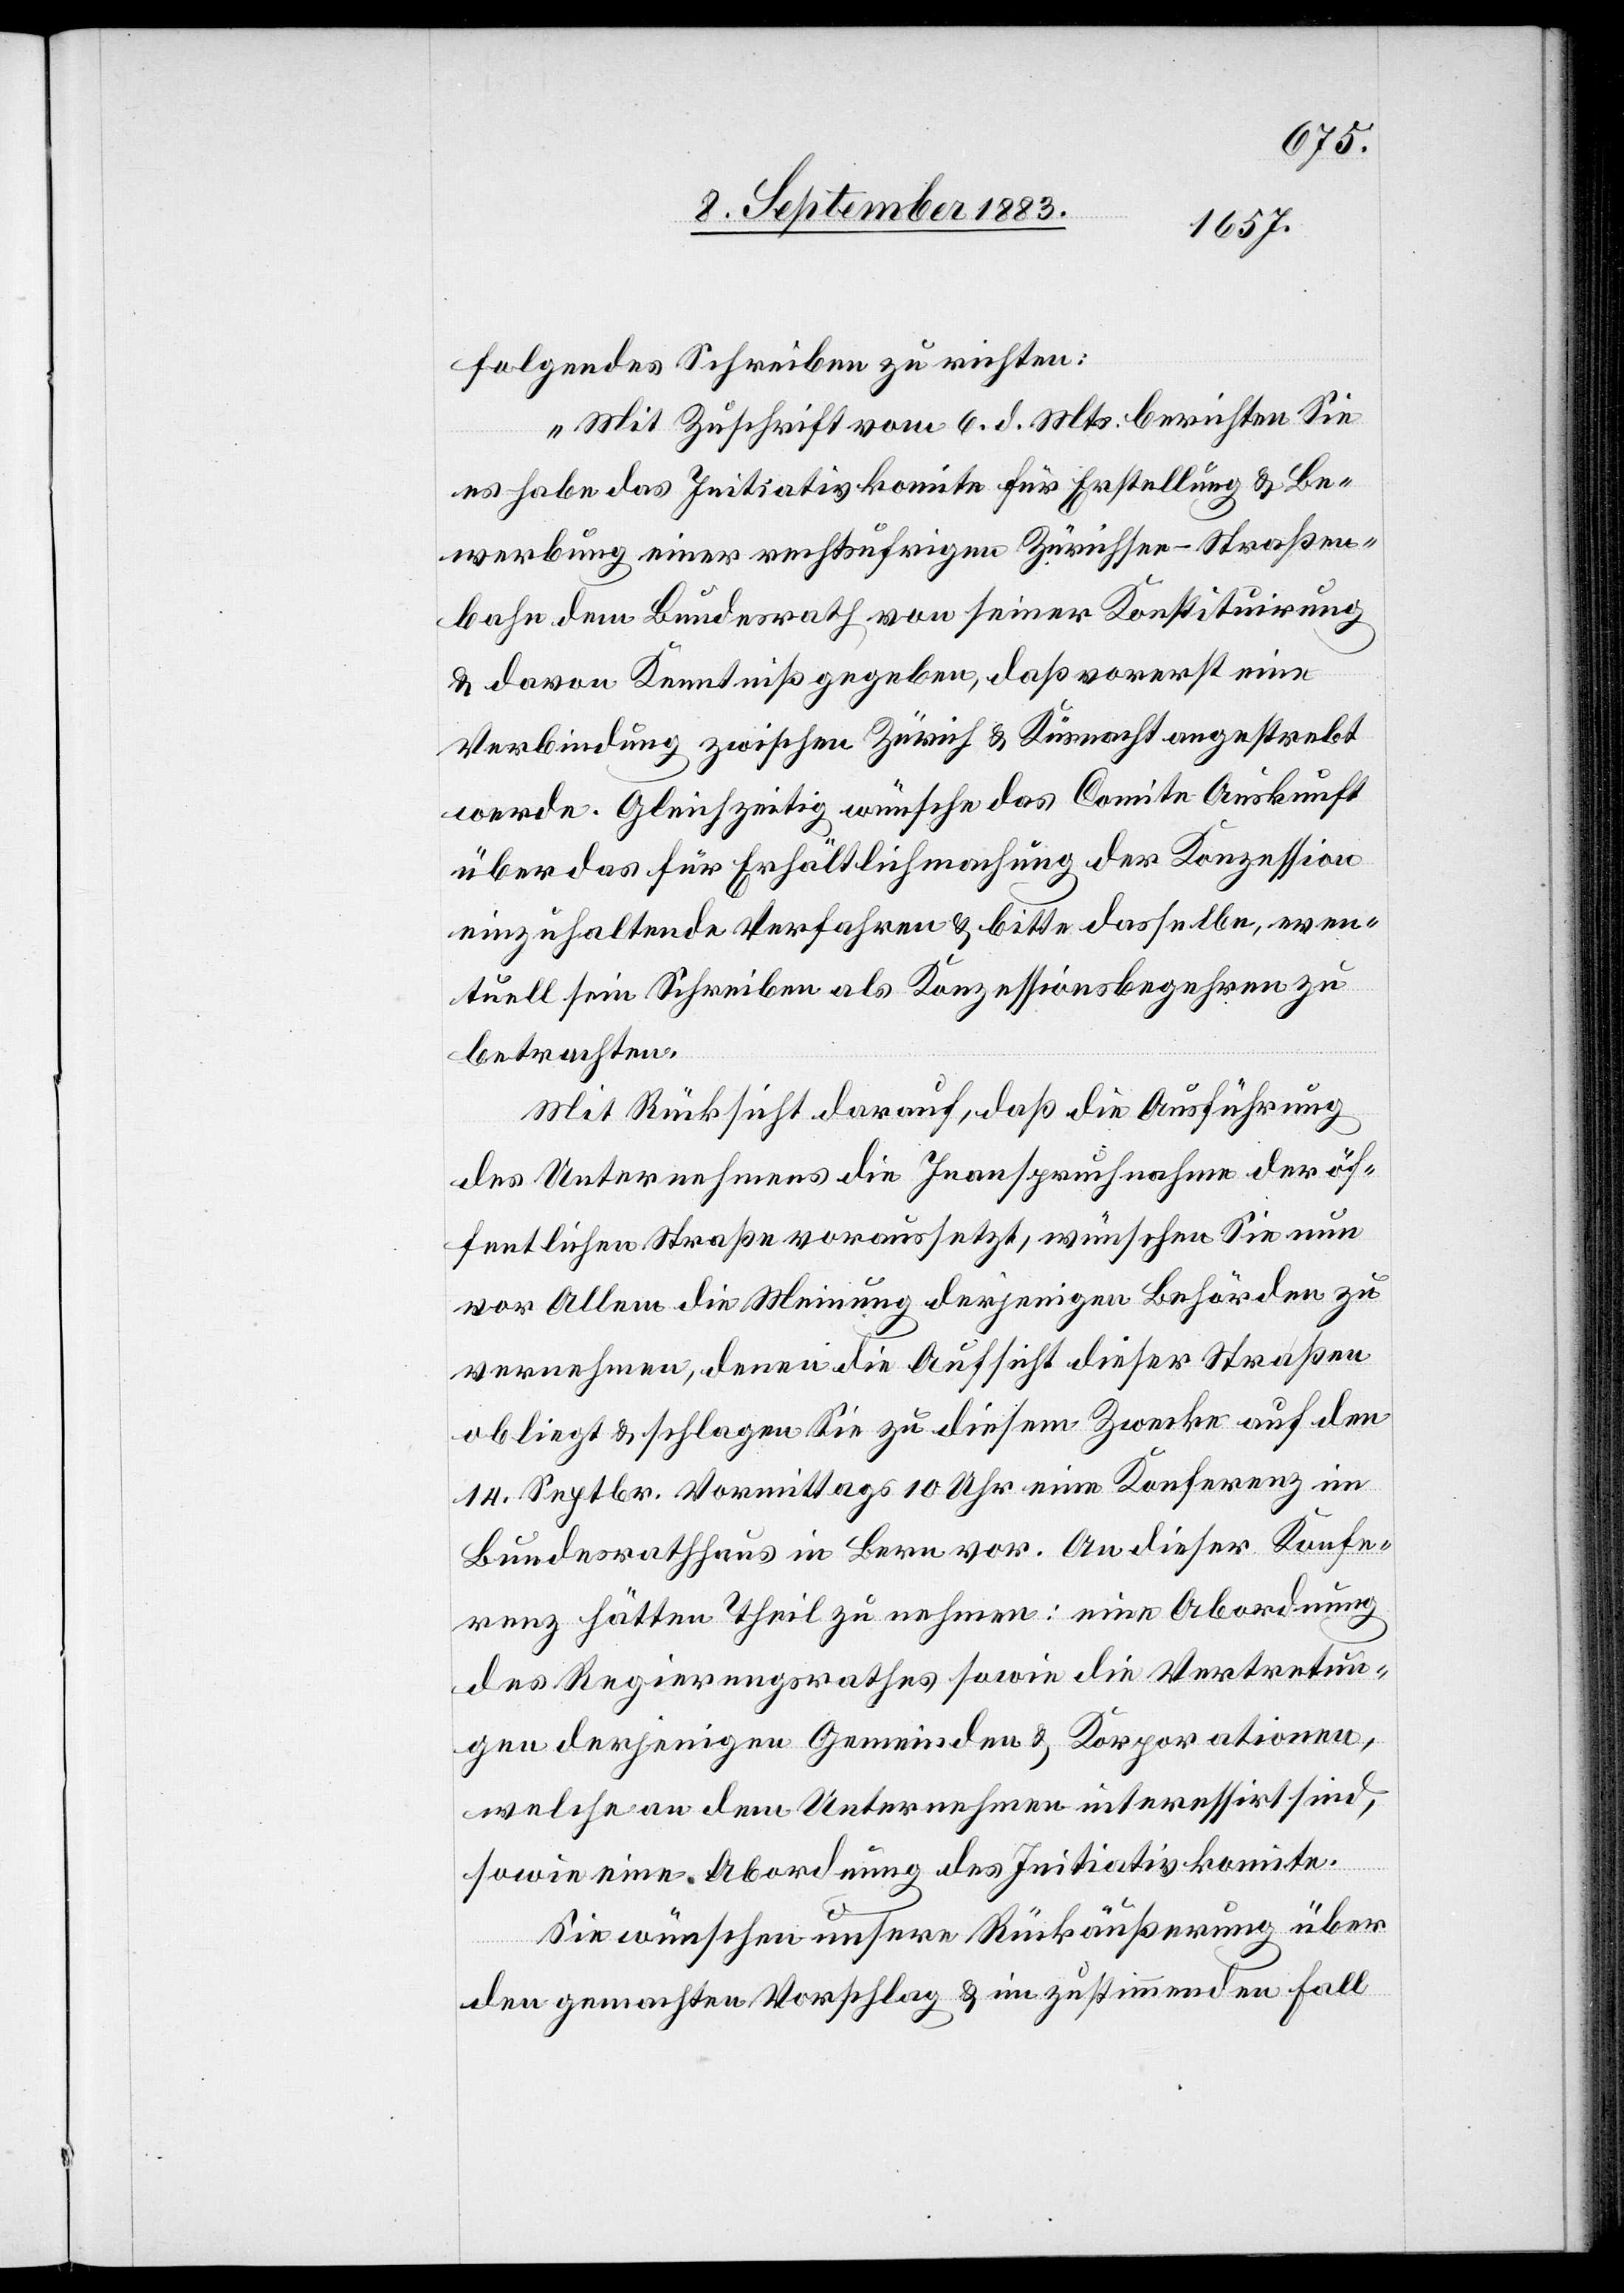
folgendes Schreiben zu richten:
„Mit Zuschrift vom 6. d. Mts. berichten Sie
es habe das Initiativkomite für Erstellung Be¬
werbung einer rechtsufrigen Zürichsee-Straßen¬
bahn dem Bundesrath von seiner Konstituirung
& davon Kenntniß gegeben, daß vorerst eine
Verbindung zwischen Zürich & Küsnacht angestrebt
werde. Gleichzeitig wünsche das Comite Auskunft
über das für Erhältlichmachung der Konzession
einzuhaltende Verfahren & bitte dasselbe, even¬
tuell sein Schreiben als Konzessionsbegehren zu
betrachten.
Mit Rücksicht darauf, daß die Ausführung
des Unternehmens die Inanspruchnahme der öf¬
fentlichen Straßen voraussetzt, wünschen Sie nun
vor Allem die Meinung derjenigen Behörden zu
vernehmen, denen die Aufsicht dieser Straßen
obliegt & schlagen Sie zu diesem Zwecke auf den
14. Septbr. Vormittags 10 Uhr eine Konferenz im
Bundesrathshaus in Bern vor. An dieser Konfe¬
renz hätten Theil zu nehmen: eine Abordnung
des Regierungsrathes sowie die Vertretun¬
gen derjenigen Gemeinden & Korporationen,
welche an dem Unternehmen interessirt sind,
sowie eine Abordnung des Initiativkomite.
Sie wünschen unsere Rückäußerung über
den gemachten Vorschlag & im zustimmenden Fall